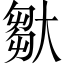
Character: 𡙦